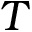
T